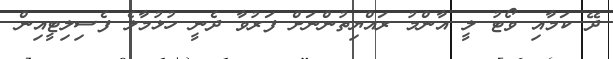
ދޭ ކަމާއި ވޯޓު ލީ އާންމު ރައްޔިތުންނަށް ފަރުވާ ދެނީ ހުޅުމާލެ ފެސިލިޓީއިން